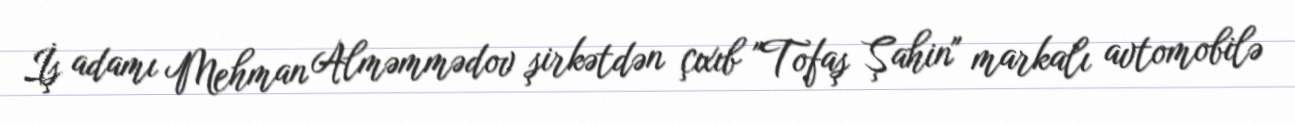
İş adamı Mehman Alməmmədov şirkətdən çıxıb "Tofaş Şahin" markalı avtomobilə